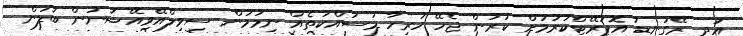
އަދި ރޭގަނޑު އޮޕަރޭޓްކުރުމަށް ކުރަން ޖެހޭ ހުރިހާ މަސައްކަތެއް ނިމުމުން ސިވިލްއޭވިއޭޝަނުން ބަލަން